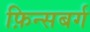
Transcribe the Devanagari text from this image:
फ़िन्सबर्ग